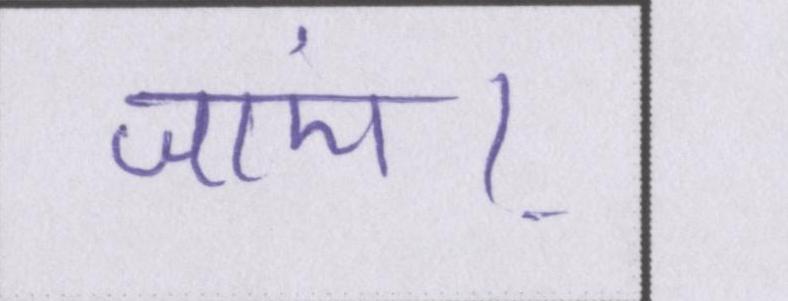
जाएं।